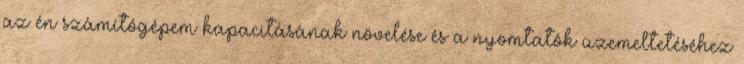
az én számítógépem kapacitásának növelése és a nyomtatók üzemeltetéséhez